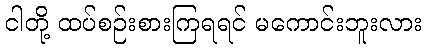
ငါတို့ ထပ်စဉ်းစားကြရရင် မကောင်းဘူးလား